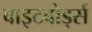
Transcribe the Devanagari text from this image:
वाइटबोर्ड्स